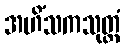
အဟိံသကသုတ္တံ